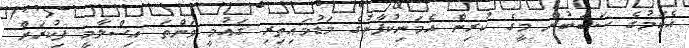
އެކަމުގެ ސަބަބުން މީގެ ކުރިން އެމަނިކުފާނުގެ މަޑުމައިތިރި ޤައުމީ ވަންތަ އިސްލާމީ ފިކުރަށް